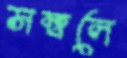
সম্বলে